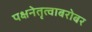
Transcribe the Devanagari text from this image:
पक्षनेतृत्वाबरोबर